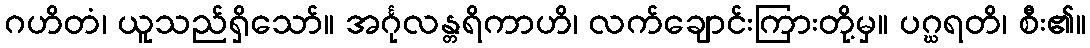
ဂဟိတံ၊ ယူသည်ရှိသော်။ အင်္ဂုလန္တရိကာဟိ၊ လက်ချောင်းကြားတို့မှ။ ပဂ္ဃရတိ၊ စီး၏။